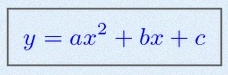
y=ax^2+bx+c